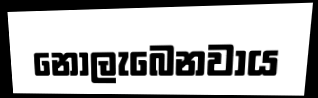
නොලැබෙනවාය